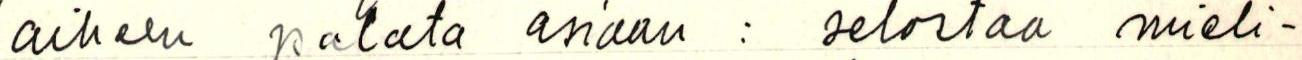
aiheen palata asiaan : selostaa mieli-